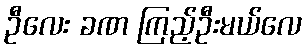
ဦလေး ခဏ ကြည့်ဦးမယ်လေ